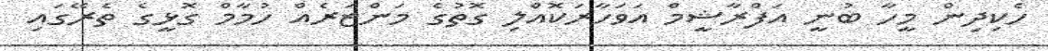
ހެކިދިން މީހާ ބުނީ އަފްރާޝީމް އަވަހާރަކޮއްލި ގޮތުގެ މަންޒަރެއް ހުމާމް ގޮޅީގެ ތެރޭގައި